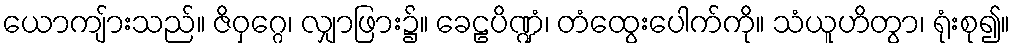
ယောကျ်ားသည်။ ဇိဝှဂ္ဂေ၊ လျှာဖြား၌။ ခေဠပိဏ္ဍံ၊ တံထွေးပေါက်ကို။ သံယူဟိတွာ၊ ရုံးစု၍။